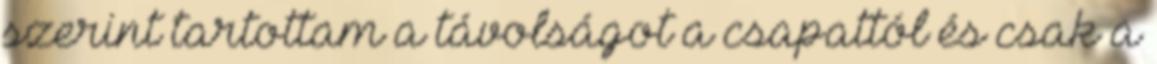
szerint tartottam a távolságot a csapattól és csak a